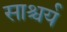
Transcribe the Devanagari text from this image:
साश्चर्य